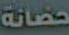
حضانة